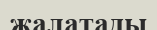
жалатады